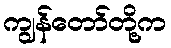
ကျွန်တော်တို့က